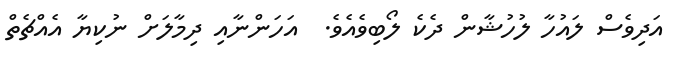
އަދިވެސް ލައުހާ ލުހުޝާން ދެކެ ލޯބިވެއެވެ.  އަހަންނާއި ދިމާލަށް ނުކިޔާ އެއްޗެތް